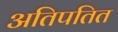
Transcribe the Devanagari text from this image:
अतिपतित